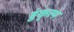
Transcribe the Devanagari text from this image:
हुंकृत्य